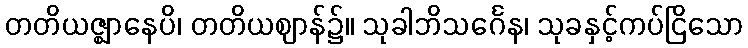
တတိယဇ္ဈာနေပိ၊ တတိယဈာန်၌။ သုခါဘိသင်္ဂေန၊ သုခနှင့်ကပ်ငြိသော